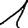
Digit: 1